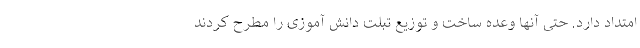
امتداد دارد. حتی آنها وعده ساخت و توزیع تبلت دانش آموزی را مطرح کردند